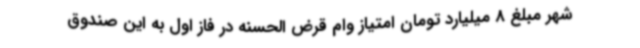
شهر مبلغ 8 میلیارد تومان امتیاز وام قرض الحسنه در فاز اول به این صندوق